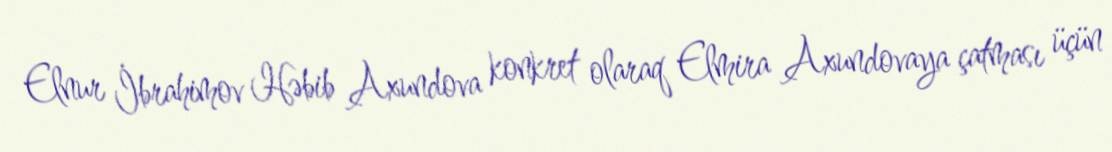
Elnur İbrahimov Həbib Axundova konkret olaraq Elmira Axundovaya çatması üçün